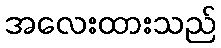
အလေးထားသည်